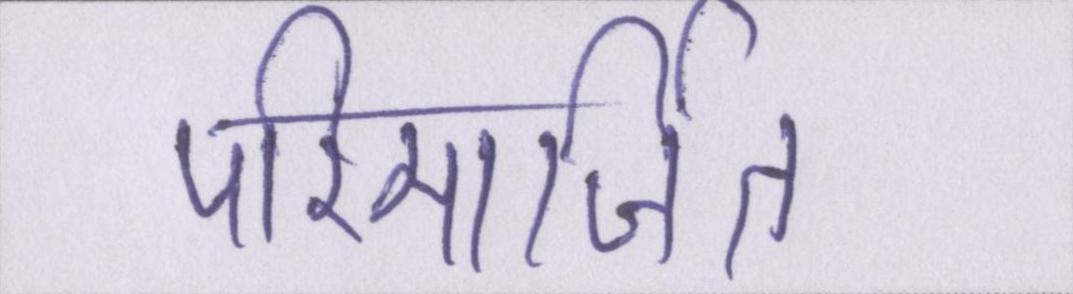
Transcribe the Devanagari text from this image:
परिमार्जित